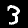
Digit: 3